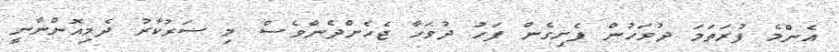
އެންމެ ފުރަތަމަ ދުވަހުން ފެށިގެން ފަހު ދުވަހާ ޖެހެންދެންވެސް މި ސަރުކާރު ދެމިއޮންނާނީ